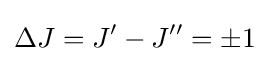
\Delta J=J^{\prime }-J^{\prime \prime }=\pm 1